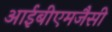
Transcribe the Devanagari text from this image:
आईबीएमजैसी